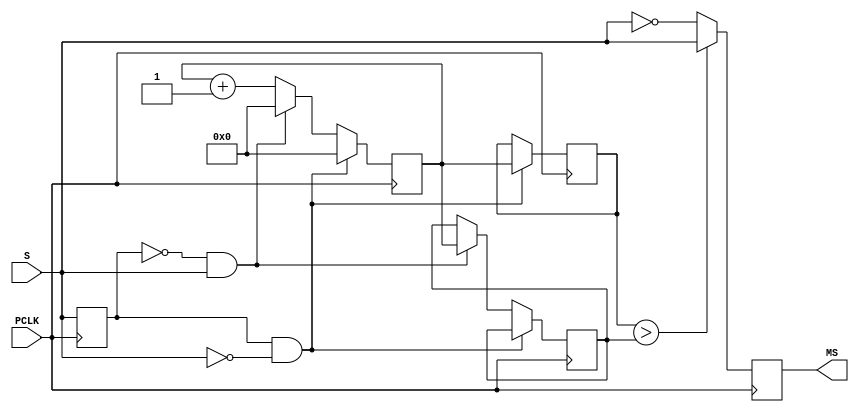
module MODIFY_SYNC   (
input  PCLK  , 
input  S ,
output reg MS 
);

reg [15:0] NUM_H,NUM_L ; 

reg [15:0] CNT; 
reg rS  ; 


always @(posedge PCLK)begin 
  rS  <=  S  ; 
  MS  <=  ( NUM_H > NUM_L )? S :~S ; 
  //LEVEL LOW COUNTER
       if ( rS & !S  ) { NUM_H , CNT } <=  {CNT  , 16'h0 }   ; 
  else if ( !rS & S  ) { NUM_L , CNT } <=  {CNT  , 16'h0 }   ; 
  else CNT<=CNT+1 ; 
  end
  
  
 endmodule